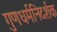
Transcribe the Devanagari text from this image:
गुणधर्मनिदर्शक